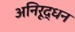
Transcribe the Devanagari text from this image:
अनिरूद्धन